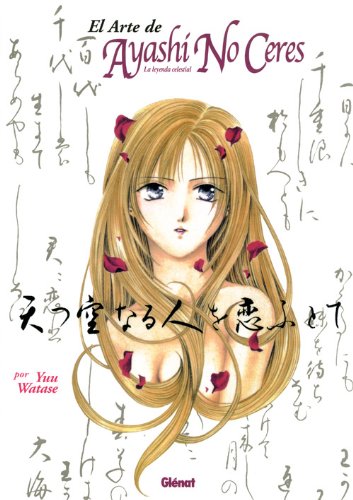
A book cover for El arte de Ayashi No Ceres/ The Art of Ayashi No Ceres: La Leyenda Celestial/ Celestial Legend (Dibujos E Ilustraciones De Lujo/ Art Book) (Spanish Edition); Yuu Watase; Comics & Graphic Novels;